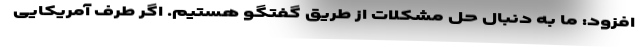
افزود: ما به دنبال حل مشکلات از طریق گفتگو هستیم. اگر طرف آمریکایی